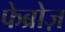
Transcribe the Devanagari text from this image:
फेब्रोज़